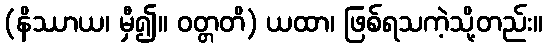
(နိဿာယ၊ မှီ၍။ ဝတ္တတိ) ယထာ၊ ဖြစ်ရသကဲ့သို့တည်း။